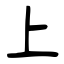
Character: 上